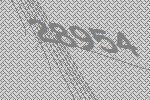
28954